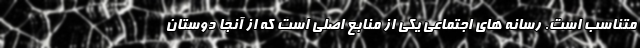
متناسب است. رسانه‌ های اجتماعی یکی از منابع اصلی است که از آنجا دوستان